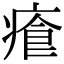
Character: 𤸐